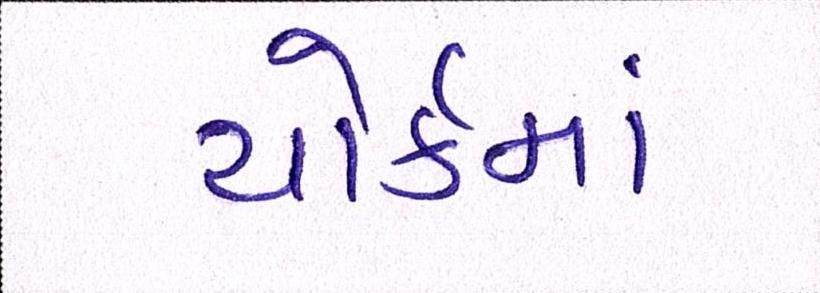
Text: યોર્કમાં